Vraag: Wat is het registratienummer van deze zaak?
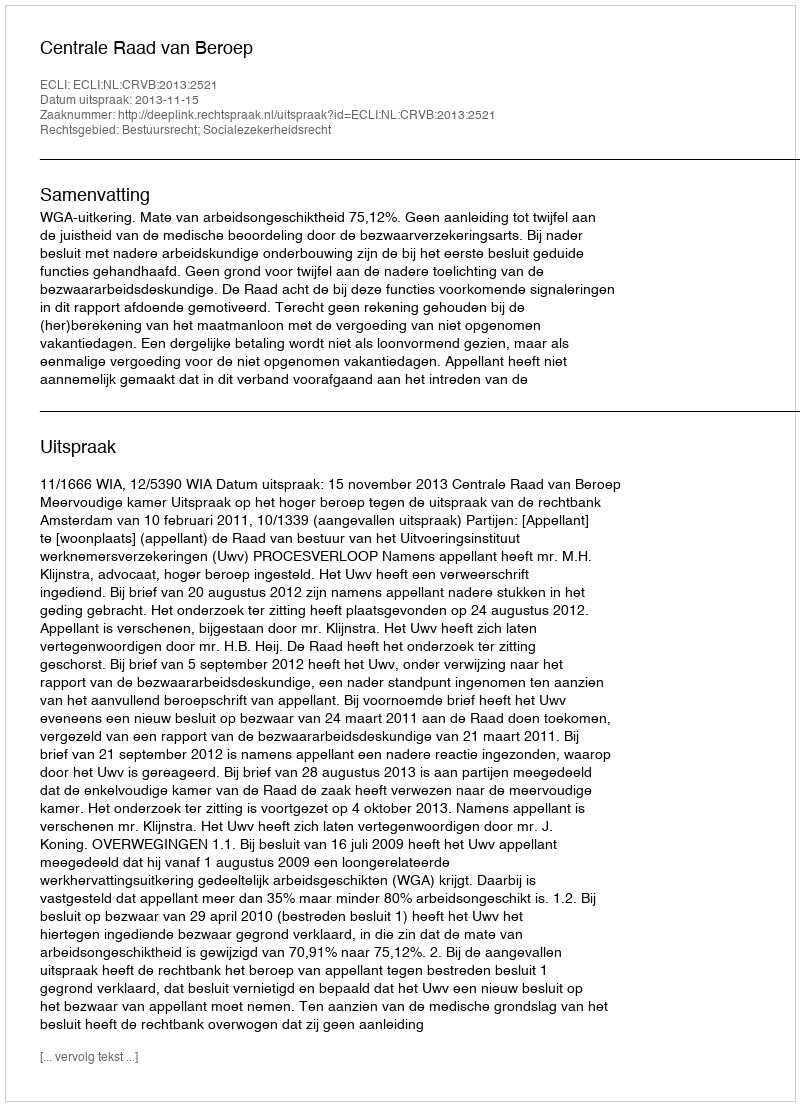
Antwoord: http://deeplink.rechtspraak.nl/uitspraak?id=ECLI:NL:CRVB:2013:2521